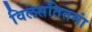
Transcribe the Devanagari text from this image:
विलसतितमां